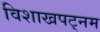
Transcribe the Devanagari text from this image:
विशाखपट्‌नम